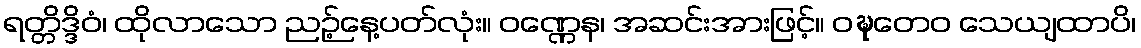
ရတ္တိဒ္ဒိဝံ၊ ထိုလာသော ညဉ့်နေ့ပတ်လုံး။ ဝဏ္ဏေန၊ အဆင်းအားဖြင့်။ ဝဍ္ဎတေဝ သေယျထာပိ၊